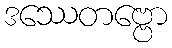
ဒဿေတဗ္ဗော